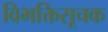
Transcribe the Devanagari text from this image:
विभक्तिसूचक